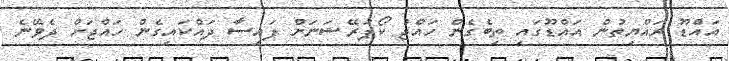
އައްޑޫ ރައްޔިތުން އައްޑޫގައި ތިބެގެން ހައްޖު ކޯޕަރޭޝަނަށް ފައިސާ ދައްކައިގެން ހައްޖަށް ދެވޭނެ